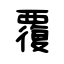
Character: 覆